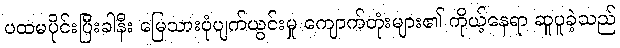
ပထမပိုင်းပြီးခါနီး မြေသားပုံပျက်ယွင်းမှု ကျောက်တုံးများ၏ ကိုယ့်နေရာ ဆူပူခဲ့သည်